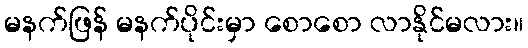
မနက်ဖြန် မနက်ပိုင်းမှာ စောစော လာနိုင်မလား။